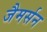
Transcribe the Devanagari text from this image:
जैमर्सन